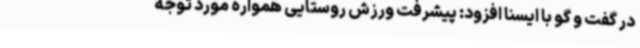
در گفت و گو با ایسنا افزود: پیشرفت ورزش روستایی همواره مورد توجه